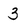
Character: 3